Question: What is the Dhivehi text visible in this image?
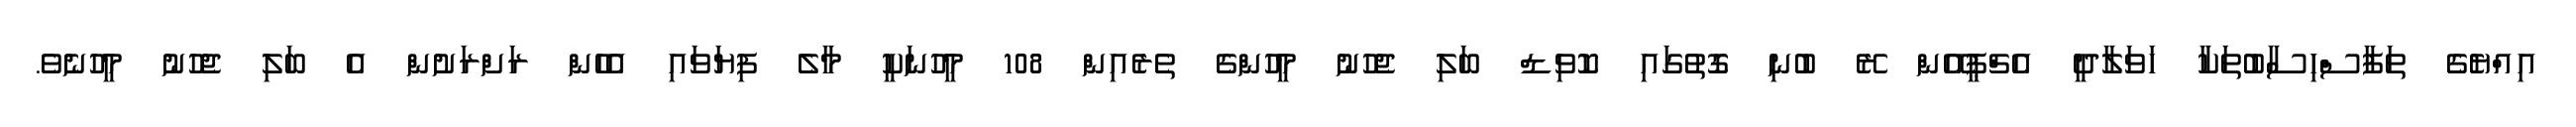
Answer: އިއްޔެގެ ތަފާސްހިސާބުތަކާ ހަވަލާދީ އެޗްޕީއޭން ރޭ ބުނި ގޮތުގައި ކޮވިޑް ބަލި ޖެހުނު މީހުންގެ ތެރެއިން 108 މީހުނަކީ މާލެ ފިޔަވައި އެހެން ރަށްރަށުން އެ ބަލި ޖެހުނު މީހުނެވެ.